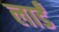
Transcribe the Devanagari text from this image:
लार्डं